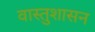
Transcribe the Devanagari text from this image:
वास्तुशासन